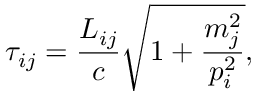
\tau _ { i j } = \frac { L _ { i j } } { c } \sqrt { 1 + \frac { m _ { j } ^ { 2 } } { p _ { i } ^ { 2 } } } ,